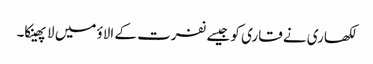
لکھاری نے قاری کو جیسے نفرت کے الاؤ میں لا پھینکا۔